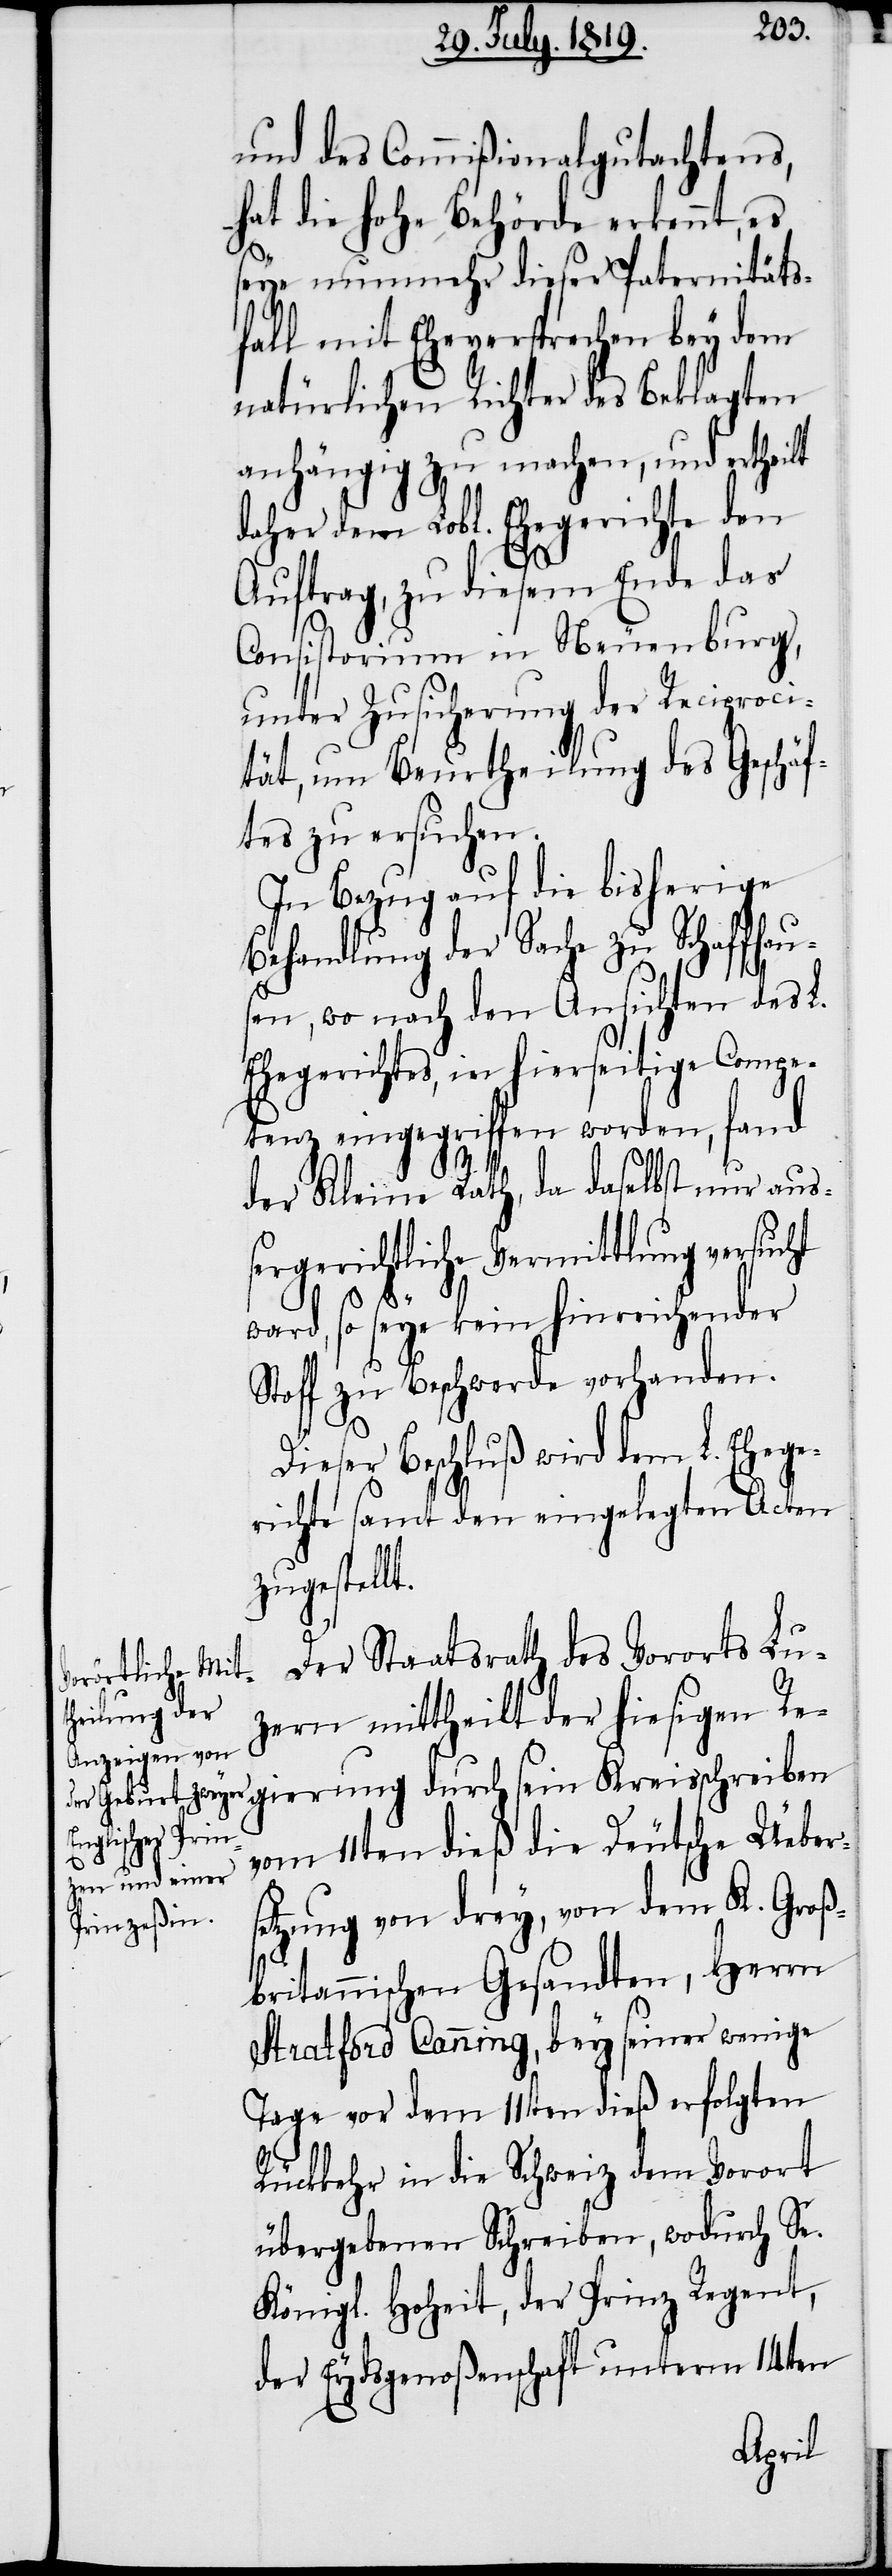
und des Commißionalgutachtens,
hat die hohe Behörde erkennt, es
seye nunmehr dieser Paternitäts¬
fall mit Eheversprechen bey dem
natürlichen Richter des Beklagten
anhängig zu machen, und ertheilt
daher dem Lobl. Ehegerichte den
Auftrag, zu diesem Ende das
Consistorium in Neuenburg,
unter Zusicherung der Reciproci¬
tät, um Beurtheilung des Geschäf¬
tes zu ersuchen.
In Bezug auf die bisherige
Behandlung der Sache zu Schaffhau¬
sen, wo nach den Ansichten des L.
Ehegerichtes, in hierseitige Compe¬
tenz eingegriffen worden, fand
der Kleine Rath, da daselbst nur aus¬
sergerichtliche Vermittlung versucht
ward, so seye kein hinreichender
Stoff zu Beschwerde vorhanden.
Dieser Beschluß wird dem L. Ehege¬
richte samt den eingelegten Acten
zugestellt.
Der Staatsrath des Vororts Lu¬
zern mittheilt der hiesigen Re¬
vom 11ten dieß die Deutsche Ueber¬
setzung von drey, von dem K. Groß¬
britannischen Gesandten, Herrn
Stratford Canning, bey seiner wenige
Tage vor dem 11ten dieß erfolgten
Rückkehr in die Schweiz dem Vorort
übergebenen Schreiben, wodurch Se.
Königl. Hoheit, der Prinz Regent,
der Eydsgenoßenschaft unterm 14ten
gierung